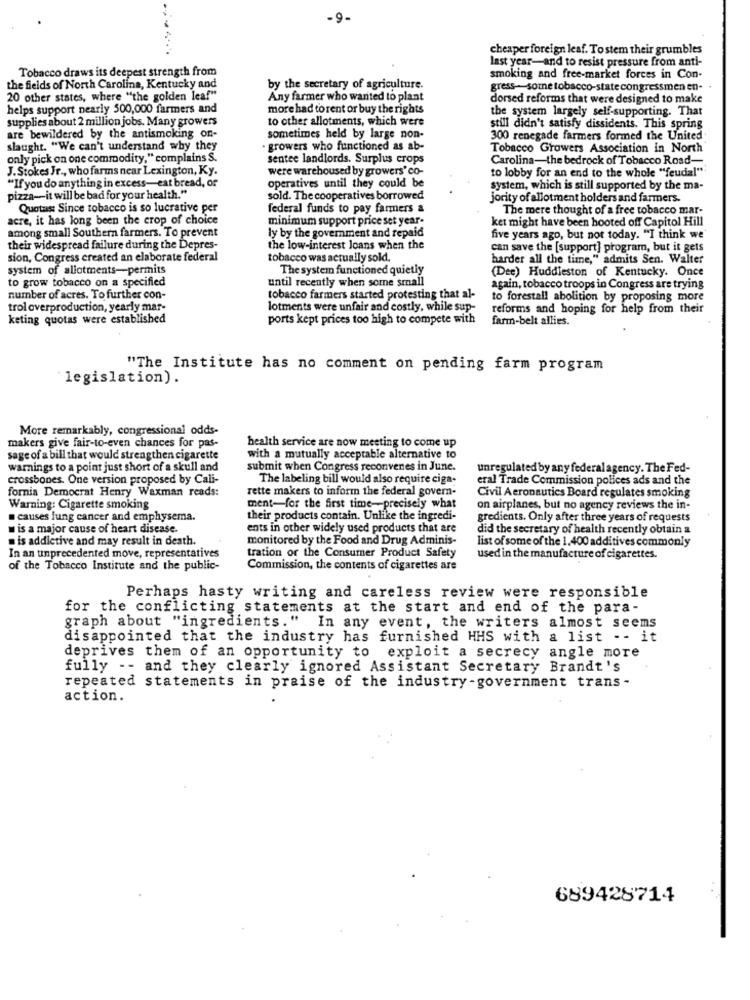
-9.
cheaper foreign leaf. To stem their grumbles
last year-and to resist pressure from anti-
Tobacco draws its deepest strength from
smoking and free-market forces in Con-
the fields of North Carolina, Kentucky and
by the secretary of agriculture.
gress-some tobacco-state congressmen en-
20 other states, where "the golden leaf"
Any farmer who wanted to plant
dorsed reforms that were designed to make
helps support nearly 500,000 farmers and
more had to rent or buy the rights
the system largely self-supporting. That
supplies about 2 million jobs. Many growers
to other allotments, which were
still didn't satisfy dissidents. This spring
are bewildered by the antismoking on-
sometimes held by large non-
300 renegade farmers formed the United
slaught. "We can't understand why they
· growers who functioned as ab-
Tobacco Growers Association in North
only pick on one commodity," complains S.
sentee landlords. Surplus crops
Carolina-the bedrock of Tobacco Road-
J.Stokes Jr ., who farms near Lexington, Ky.
were warehoused by growers' co-
to lobby for an end to the whole "feudal""
"If you do anything in excess-eat bread, or
operatives until they could be
system, which is still supported by the ma-
pizza -- it will be bad for your health."
sold. The cooperatives borrowed
jority of allotment holders and farmers.
Quotas: Since tobacco is so lucrative per
federal funds to pay farmers a
The mere thought of a free tobacco mar-
acre, it has long been the crop of choice
minimum support price set year-
ket might have been hooted off Capitol Hill
among small Southern farmers. To prevent
ly by the government and repaid
five years ago, but not today. "I think we
their widespread failure during the Depres-
the low-interest loans when the
can save the [support] program, but it gets
sion, Congress created an elaborate federal
tobacco was actually sold.
harder all the time," admits Sen. Walter
system of allotments-permits
The system functioned quietly
(Dee) Huddleston of Kentucky. Once
to grow tobacco on a specified
until recently when some small
again, tobacco troops in Congress are trying
number of acres. To further con-
tobacco farmers started protesting that al-
to forestall abolition by proposing more
trol overproduction, yearly mar-
lotments were unfair and costly, while sup-
reforms and hoping for help from their
keting quotas were established
ports kept prices too high to compete with
farm-belt allies.
"The Institute has no comment on pending farm program
"legislation).
More remarkably, congressional odds-
makers give fair-to-even chances for pas-
health service are now meeting to come up
sage of a bill that would strengthen cigarette
with a mutually acceptable alternative to
warnings to a point just short of a skull and
submit when Congress reconvenes in June.
unregulated by any federal agency. The Fed-
crossbones. One version proposed by Cali-
The labeling bill would also require ciga-
eral Trade Commission polices ads and the
fornia Democrat Henry Waxman reads:
rette makers to inform the federal govern-
Civil Aeronautics Board regulates smoking
Warning: Cigarette smoking
ment-for the first time-precisely what
on airplanes, but no agency reviews the in-
causes lung cancer and emphysema.
their products contain. Unlike the ingredi-
gredients. Only after three years of requests
is a major cause of heart disease.
ents in other widely used products that are
did the secretary of health recently obtain a
is addictive and may result in death.
monitored by the Food and Drug Adminis-
list of some of the 1.400 additives commonly
In an unprecedented move, representatives
tration or the Consumer Product Safety
used in the manufacture of cigarettes.
of the Tobacco Institute and the public-
Commission, the contents of cigarettes are
Perhaps hasty writing and careless review were responsible
for the conflicting statements at the start and end of the para-
graph about "ingredients."
In any event, the writers almost seems
disappointed that the industry has furnished HHS with a list - - it
deprives them of an opportunity to exploit a secrecy angle more
fully -- and they clearly ignored Assistant Secretary Brandt's
repeated statements in praise of the industry-government trans -
action.
689428714